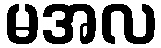
မအလ